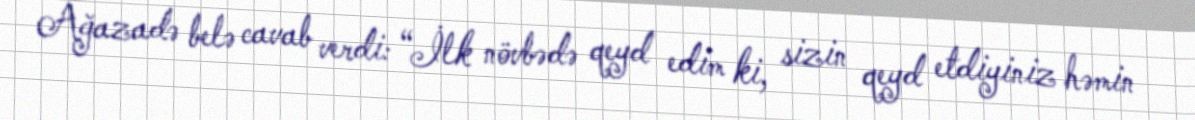
Ağazadə belə cavab verdi: “İlk növbədə qeyd edim ki, sizin qeyd etdiyiniz həmin